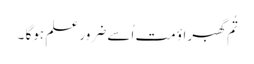
تُم گھبراؤ مت اُسے ضرور علم ہوگا ۔